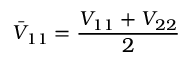
\bar { V } _ { 1 1 } = \frac { V _ { 1 1 } + V _ { 2 2 } } { 2 }